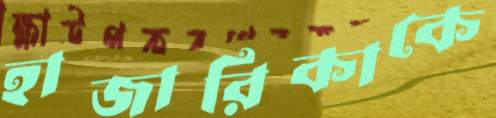
হাজারিকাকে